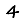
Digit: 4